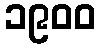
၁၉၀၀